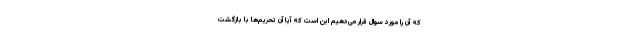
که آن را مورد سوال قرار می‌دهیم این است که آیا آن تحریم‌ها با بازگشت